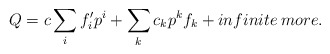
\begin{align*}Q=c\sum_{i} f_{i}' p^{i} + \sum_{k} c_{k} p^{k} f_{k} +infinite \: more.\end{align*}